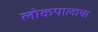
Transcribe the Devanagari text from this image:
लोकपालाचा